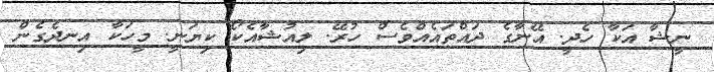
ނީޝާ އަކާ ހެދީ. އޭނާގެ ދައްތައެއްވެސް ހުރޭ. ލިއުޝާއެކޯ ކިޔަނީ. މީހަކާ އިނދެގެން